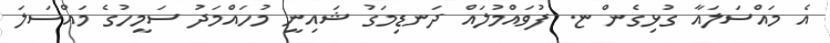
އެ މައްސަލައާ ގުޅިގެން ޏ. ފުވައްމުލައް ދަނޑިމަގު ޝައިނީ މުހައްމަދު ސަމީހުގެ މައްސަލަ